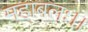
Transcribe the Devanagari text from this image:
महाबलः।।